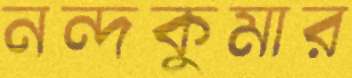
নন্দকুমার